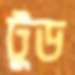
টুড